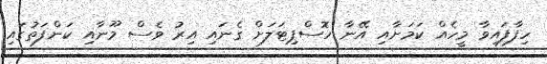
ހިފާފައިވާ މީހެއް ކަމަށާއި އޭނާ ހޮސްޕިޓަލަށް ގެނައި އިރު ވެސް މޫނާއި ކަންފަތުގައި